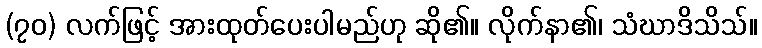
(၇၀) လက်ဖြင့် အားထုတ်ပေးပါမည်ဟု ဆို၏။ လိုက်နာ၏၊ သံဃာဒိသိသ်။